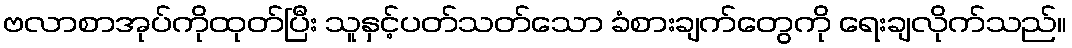
ဗလာစာအုပ်ကိုထုတ်ပြီး သူနှင့်ပတ်သတ်သော ခံစားချက်တွေကို ရေးချလိုက်သည်။